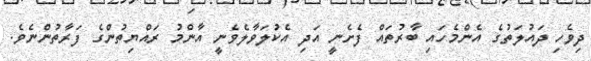
ދިވެހި ދައުލަތުގެ އެންމެހައި ބާރުތައް ފެށެނީ އަދި އެކުލަވާލެވެނީ އާންމު ރައްޔިތުންގެ ފަރާތުންނެވެ.